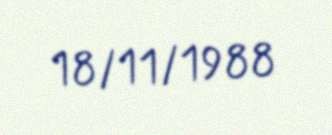
18/11/1988